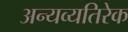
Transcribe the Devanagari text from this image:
अन्यव्यतिरेक